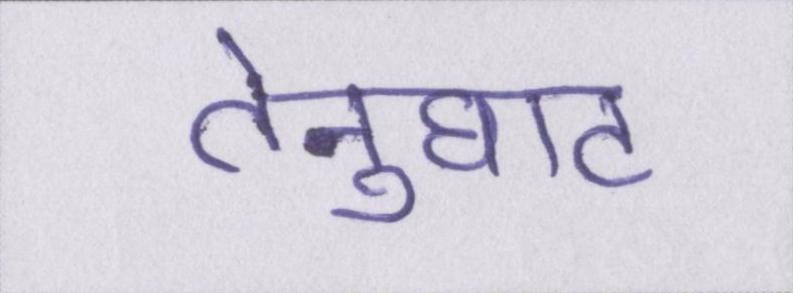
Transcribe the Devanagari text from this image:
तेनुघाट